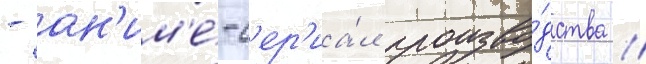
- ан'им'е́-с'ер'иа́л произво́дства //